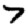
Digit: 7